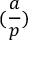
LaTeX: ( { \frac { a } { p } } )